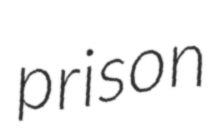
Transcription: prison